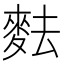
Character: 麮